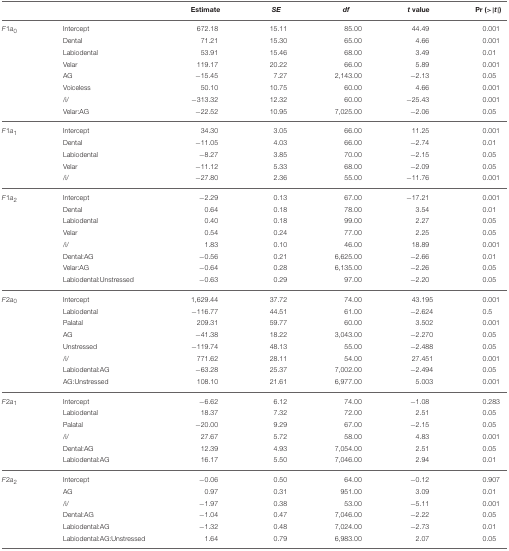
<table><thead><tr><td></td><td></td><td><b>Estimate</b></td><td><b><i>SE</i></b></td><td><b><i>df</i></b></td><td><b><i>t</i> value</b></td><td><b>Pr (&gt;|<i>t</i>|)</b></td></tr></thead><tbody><tr><td><i>F</i>1<i>a</i><sub>0</sub></td><td>Intercept</td><td>672.18</td><td>15.11</td><td>85.00</td><td>44.49</td><td>0.001</td></tr><tr><td></td><td>Dental</td><td>71.21</td><td>15.30</td><td>65.00</td><td>4.66</td><td>0.001</td></tr><tr><td></td><td>Labiodental</td><td>53.91</td><td>15.46</td><td>68.00</td><td>3.49</td><td>0.01</td></tr><tr><td></td><td>Velar</td><td>119.17</td><td>20.22</td><td>66.00</td><td>5.89</td><td>0.001</td></tr><tr><td></td><td>AG</td><td>−15.45</td><td>7.27</td><td>2, 143.00</td><td>−2.13</td><td>0.05</td></tr><tr><td></td><td>Voiceless</td><td>50.10</td><td>10.75</td><td>60.00</td><td>4.66</td><td>0.001</td></tr><tr><td></td><td>/i/</td><td>−313.32</td><td>12.32</td><td>60.00</td><td>−25.43</td><td>0.001</td></tr><tr><td></td><td>Velar:AG</td><td>−22.52</td><td>10.95</td><td>7, 025.00</td><td>−2.06</td><td>0.05</td></tr><tr><td><i>F</i>1<i>a</i><sub>1</sub></td><td>Intercept</td><td>34.30</td><td>3.05</td><td>66.00</td><td>11.25</td><td>0.001</td></tr><tr><td></td><td>Dental</td><td>−11.05</td><td>4.03</td><td>66.00</td><td>−2.74</td><td>0.01</td></tr><tr><td></td><td>Labiodental</td><td>−8.27</td><td>3.85</td><td>70.00</td><td>−2.15</td><td>0.05</td></tr><tr><td></td><td>Velar</td><td>−11.12</td><td>5.33</td><td>68.00</td><td>−2.09</td><td>0.05</td></tr><tr><td></td><td>/i/</td><td>−27.80</td><td>2.36</td><td>55.00</td><td>−11.76</td><td>0.001</td></tr><tr><td><i>F</i>1<i>a</i><sub>2</sub></td><td>Intercept</td><td>−2.29</td><td>0.13</td><td>67.00</td><td>−17.21</td><td>0.001</td></tr><tr><td></td><td>Dental</td><td>0.64</td><td>0.18</td><td>78.00</td><td>3.54</td><td>0.01</td></tr><tr><td></td><td>Labiodental</td><td>0.40</td><td>0.18</td><td>99.00</td><td>2.27</td><td>0.05</td></tr><tr><td></td><td>Velar</td><td>0.54</td><td>0.24</td><td>77.00</td><td>2.25</td><td>0.05</td></tr><tr><td></td><td>/i/</td><td>1.83</td><td>0.10</td><td>46.00</td><td>18.89</td><td>0.001</td></tr><tr><td></td><td>Dental:AG</td><td>−0.56</td><td>0.21</td><td>6, 625.00</td><td>−2.66</td><td>0.01</td></tr><tr><td></td><td>Velar:AG</td><td>−0.64</td><td>0.28</td><td>6, 135.00</td><td>−2.26</td><td>0.05</td></tr><tr><td></td><td>Labiodental:Unstressed</td><td>−0.63</td><td>0.29</td><td>97.00</td><td>−2.20</td><td>0.05</td></tr><tr><td><i>F</i>2<i>a</i><sub>0</sub></td><td>Intercept</td><td>1, 629.44</td><td>37.72</td><td>74.00</td><td>43.195</td><td>0.001</td></tr><tr><td></td><td>Labiodental</td><td>−116.77</td><td>44.51</td><td>61.00</td><td>−2.624</td><td>0.5</td></tr><tr><td></td><td>Palatal</td><td>209.31</td><td>59.77</td><td>60.00</td><td>3.502</td><td>0.001</td></tr><tr><td></td><td>AG</td><td>−41.38</td><td>18.22</td><td>3, 043.00</td><td>−2.270</td><td>0.05</td></tr><tr><td></td><td>Unstressed</td><td>−119.74</td><td>48.13</td><td>55.00</td><td>−2.488</td><td>0.05</td></tr><tr><td></td><td>/i/</td><td>771.62</td><td>28.11</td><td>54.00</td><td>27.451</td><td>0.001</td></tr><tr><td></td><td>Labiodental:AG</td><td>−63.28</td><td>25.37</td><td>7, 002.00</td><td>−2.494</td><td>0.05</td></tr><tr><td></td><td>AG:Unstressed</td><td>108.10</td><td>21.61</td><td>6, 977.00</td><td>5.003</td><td>0.001</td></tr><tr><td><i>F</i>2<i>a</i><sub>1</sub></td><td>Intercept</td><td>−6.62</td><td>6.12</td><td>74.00</td><td>−1.08</td><td>0.283</td></tr><tr><td></td><td>Labiodental</td><td>18.37</td><td>7.32</td><td>72.00</td><td>2.51</td><td>0.05</td></tr><tr><td></td><td>Palatal</td><td>−20.00</td><td>9.29</td><td>67.00</td><td>−2.15</td><td>0.05</td></tr><tr><td></td><td>/i/</td><td>27.67</td><td>5.72</td><td>58.00</td><td>4.83</td><td>0.001</td></tr><tr><td></td><td>Dental:AG</td><td>12.39</td><td>4.93</td><td>7, 054.00</td><td>2.51</td><td>0.05</td></tr><tr><td></td><td>Labiodental:AG</td><td>16.17</td><td>5.50</td><td>7, 046.00</td><td>2.94</td><td>0.01</td></tr><tr><td><i>F</i>2<i>a</i><sub>2</sub></td><td>Intercept</td><td>−0.06</td><td>0.50</td><td>64.00</td><td>−0.12</td><td>0.907</td></tr><tr><td></td><td>AG</td><td>0.97</td><td>0.31</td><td>951.00</td><td>3.09</td><td>0.01</td></tr><tr><td></td><td>/i/</td><td>−1.97</td><td>0.38</td><td>53.00</td><td>−5.11</td><td>0.001</td></tr><tr><td></td><td>Dental:AG</td><td>−1.04</td><td>0.47</td><td>7, 046.00</td><td>−2.22</td><td>0.05</td></tr><tr><td></td><td>Labiodental:AG</td><td>−1.32</td><td>0.48</td><td>7, 024.00</td><td>−2.73</td><td>0.01</td></tr><tr><td></td><td>Labiodental:AG:Unstressed</td><td>1.64</td><td>0.79</td><td>6, 983.00</td><td>2.07</td><td>0.05</td></tr></tbody></table>